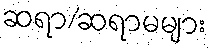
ဆရာ/ဆရာမများ